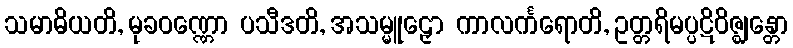
သမာဓိယတိ, မုခဝဏ္ဏော ပသီဒတိ, အသမ္မူဠှော ကာလင်္ကရောတိ, ဥတ္တရိမပ္ပဋိဝိဇ္ဈန္တော